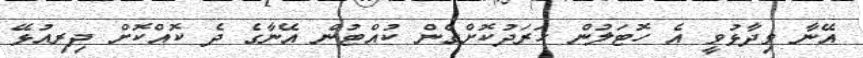
އޭނާ ވިދާޅުވީ އެ ހޮޓަލުން ހަރަދުކޮށްގެން ކުއްޓުން އޭނާގެ ދެ ކޮއްކޮށް ދިރިއުޅޭ